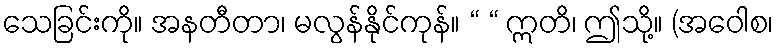
သေခြင်းကို။ အနတီတာ၊ မလွန်နိုင်ကုန်။ “ “ ဣတိ၊ ဤသို့။ (အဝေါစ၊